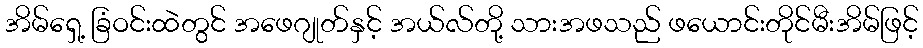
အိမ်ရှေ့ ခြံဝင်းထဲတွင် အဖေဂျုတ်နှင့် အယ်လ်တို့ သားအဖသည် ဖယောင်းတိုင်မီးအိမ်ဖြင့်